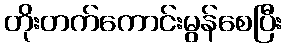
တိုးတက်ကောင်းမွန်စေပြီး